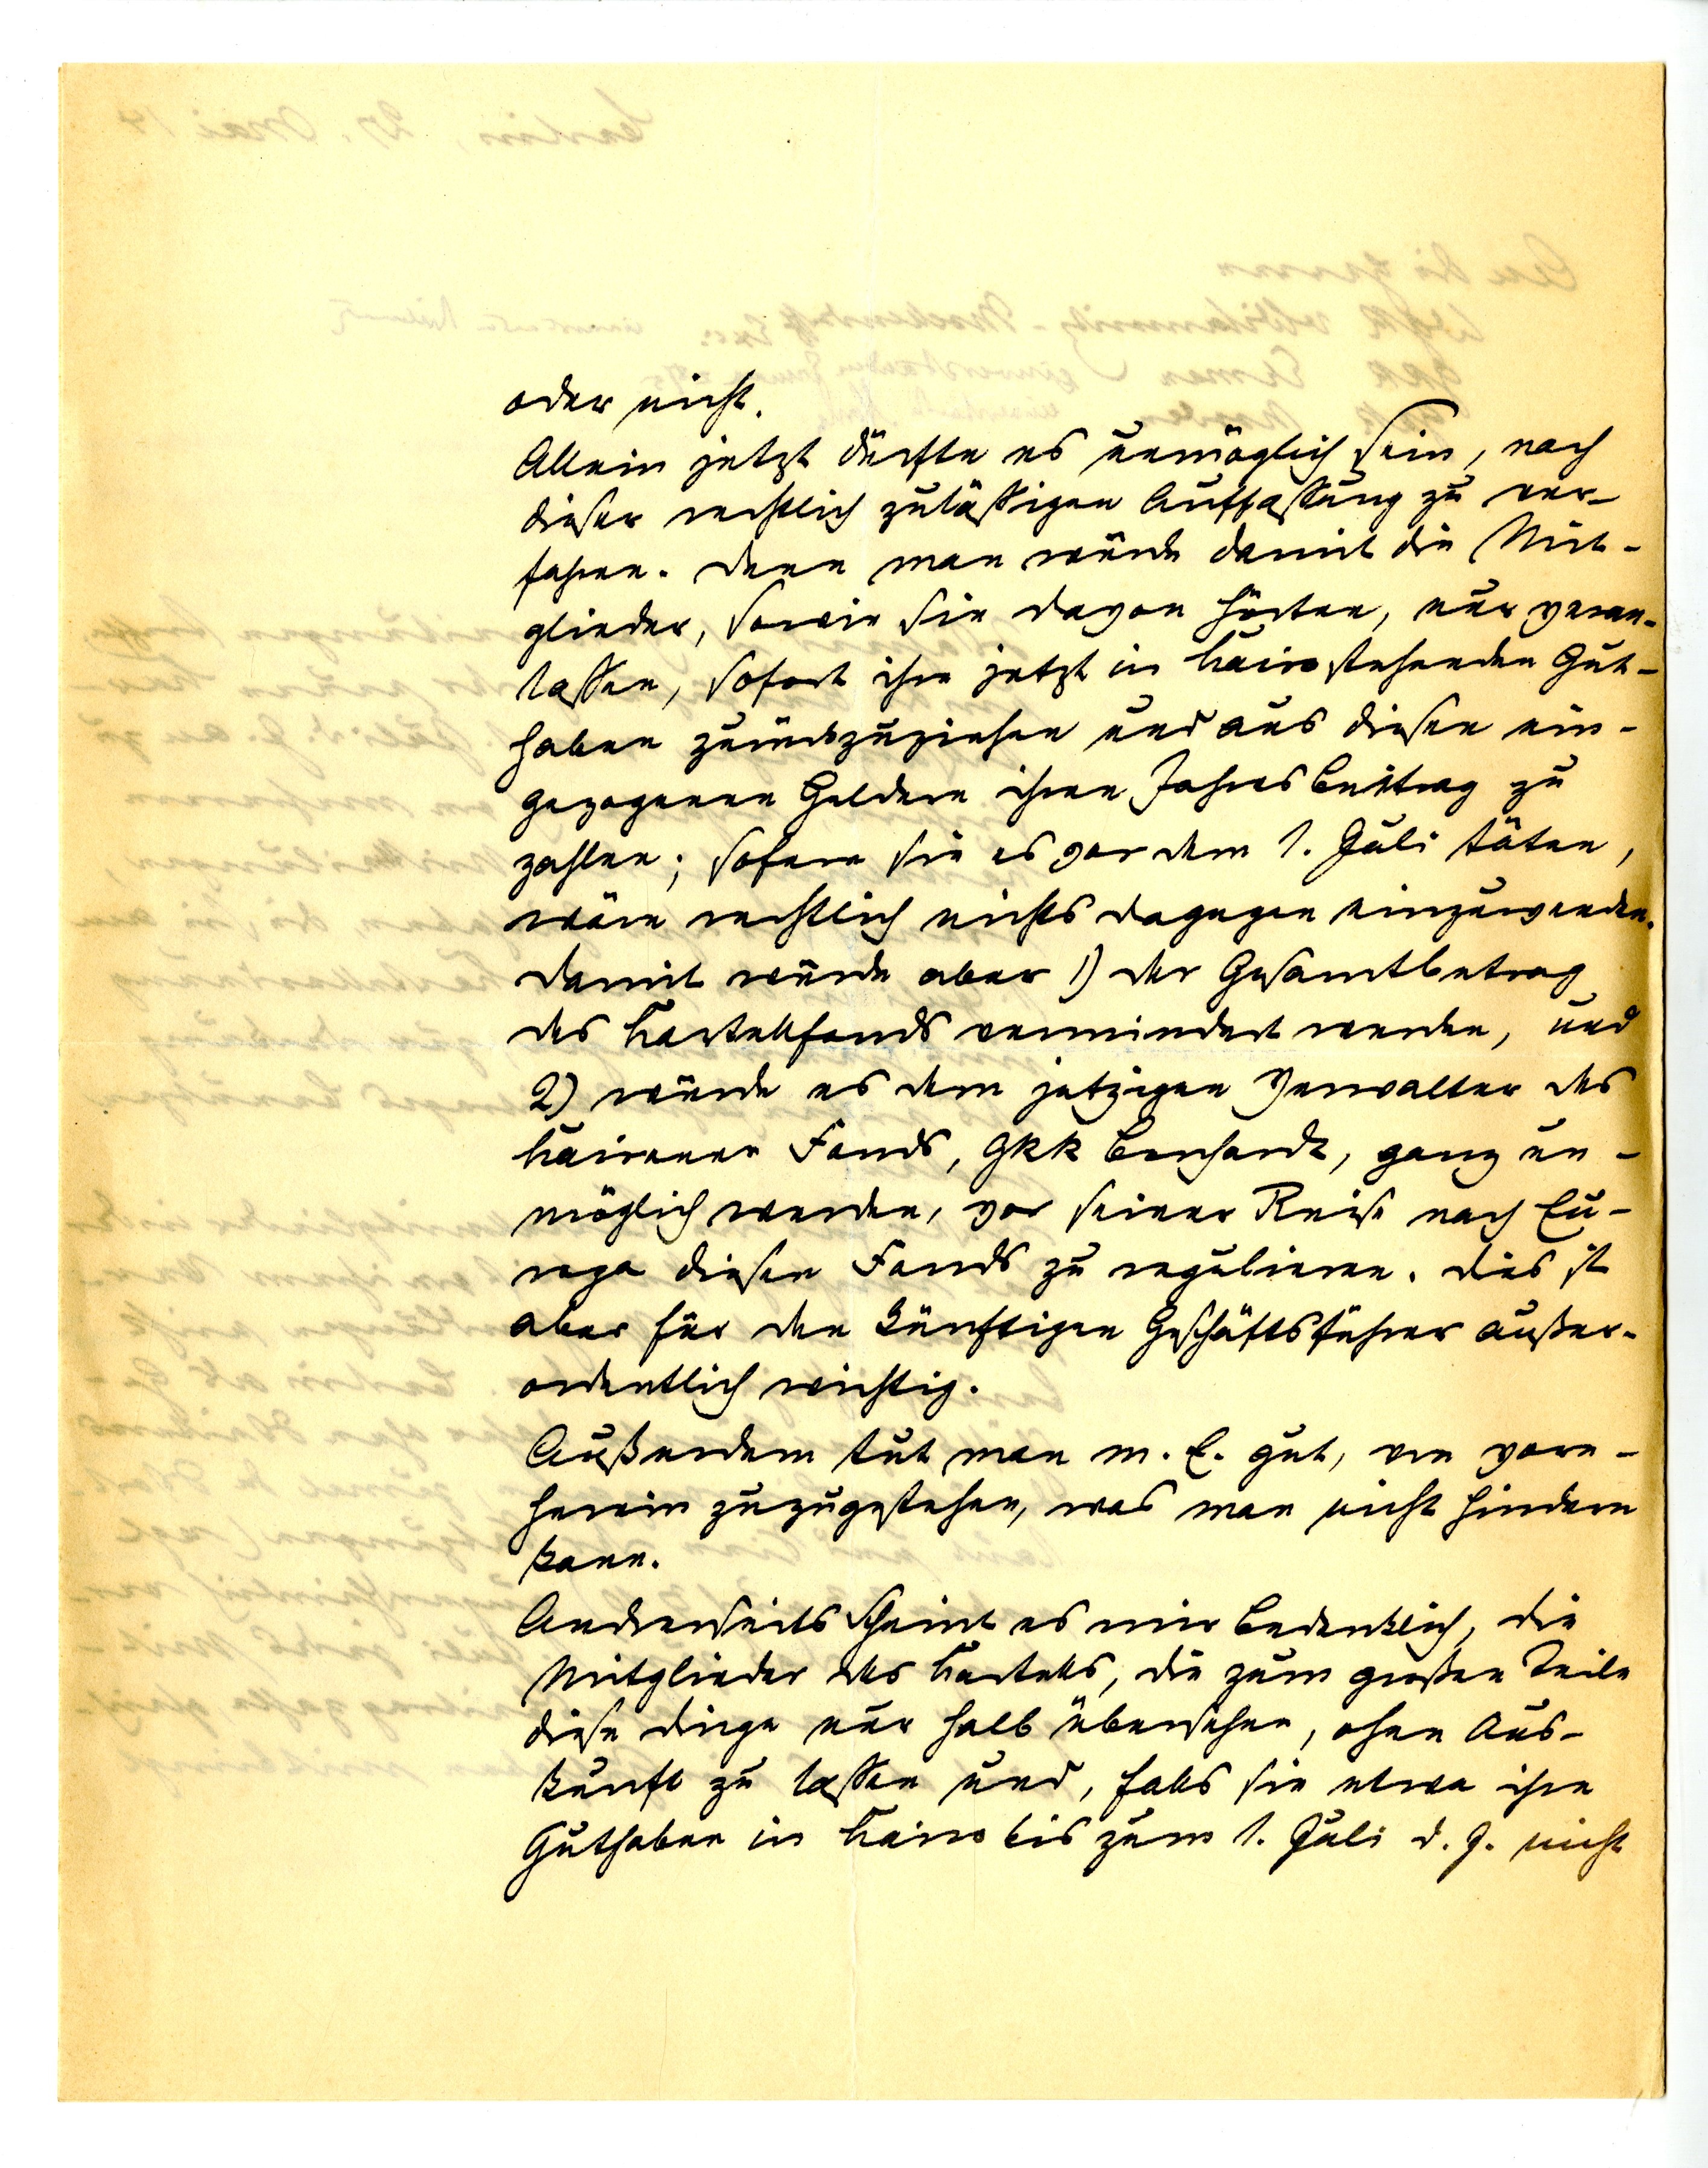
oder nicht.
Allein jetzt dürfte es unmöglich sein, nach
dieser rechtlich zulässigen Auffassung zu ver¬
fahren. Denn man würde damit die Mit¬
glieder, sowie sie davon hörten, nur veran¬
lassen, sofort ihre jetzt in Kairo stehenden Gut¬
haben zurückzuziehen und aus diesen ein¬
gegangenen Geldern ihren Jahresbeitrag zu
zahlen; sofern Sie es vor dem 1. Juli täten,
wäre rechtlich nichts dagegen einzuwenden.
Damit würde aber 1) der Gesamtbetrag
des Kartellfords vermindert werden, und
2) würde es dem jetzigen Verwalter des
Kaironer Fonds, GRR Borchardt, ganz un¬
möglich werden, vor seiner Reise nach Eu¬
ropa diesen Fonds zu regulieren. Dies ist
aber für den künftigen Geschäftsführer außer¬
ordenlich wichtig.
Außerdem tut man m.E. gut, von vorn¬
herein zuzugestehen, was man nicht hindern
kann.
Anderseits scheint es mir bedenklich, die
Mitglieder des Kartells, die zum großen Teile
diese Dinge nur halb übersehen, ohne Aus¬
kunft zu lassen und, falls Sie etwa ihre
Guthaben in Kairo bis zum 1. April d. J. nicht